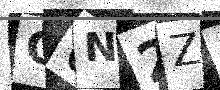
Text: Q6N2Z0